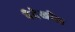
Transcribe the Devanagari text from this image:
पैदेखील